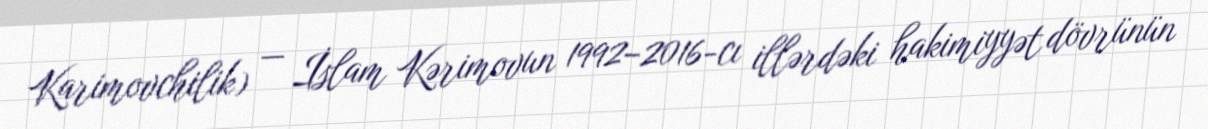
Karimovchilik) — İslam Kərimovun 1992–2016-cı illərdəki hakimiyyət dövrünün